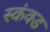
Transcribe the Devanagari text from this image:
स्कंक्ड